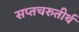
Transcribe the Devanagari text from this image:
सप्तचरुतीर्थ